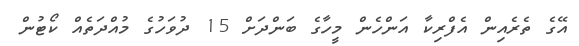
އޭގެ ތެރެއިން އެފްރިކާ އަންހެން މީހާގެ ބަންދަށް 15 ދުވަހުގެ މުއްދަތެއް ކޯޓުން